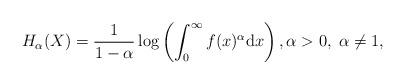
LaTeX: \begin{align*}H_\alpha(X)=\frac{1}{1-\alpha}\log\left(\int^\infty_0f(x)^{\alpha}\mathrm{d}x\right),\alpha > 0,\;\alpha \neq 1,\end{align*}